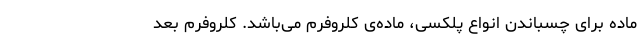
ماده برای چسباندن انواع پلکسی، ماده‌ی کلروفرم می‌باشد. کلروفرم بعد